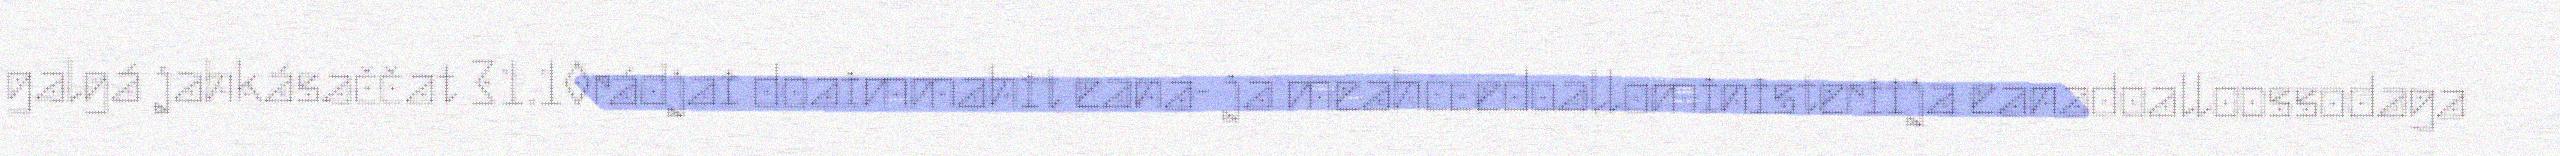
galgá jahkásaččat 31.10rádjai doaimmahit eana- ja meahccedoalloministeriija eanadoalloossodaga